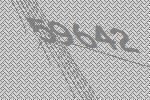
59642